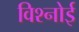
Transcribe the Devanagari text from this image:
विश्‍नोई